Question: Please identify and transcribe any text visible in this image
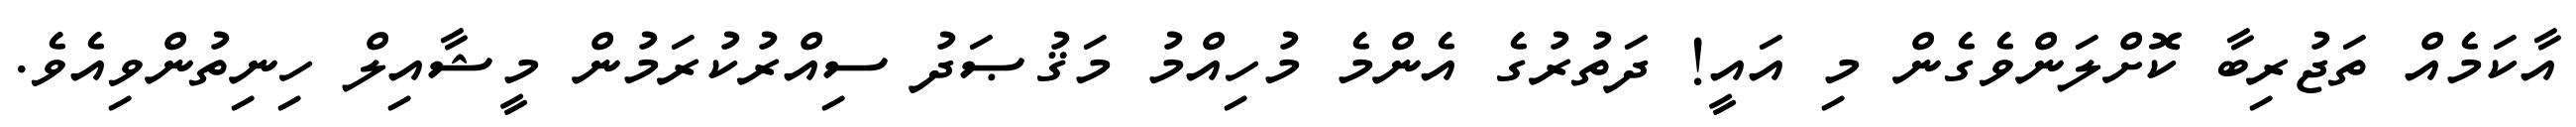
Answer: އާކަމެއް ތަޖުރިބާ ކޮށްލަންވެގެން މި އައީ! ދަތުރުގެ އެންމެ މުހިއްމު މަޤުޞަދު ސިއްރުކުރަމުން މީޝާއިލް ހިނިތުންވިއެވެ.